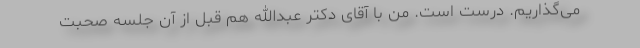
می‌گذاریم. درست است. من با آقای دکتر عبدالله هم قبل از آن جلسه صحبت